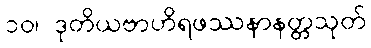
၁၀၊ ဒုတိယဗာဟိရဖဿနာနတ္တသုတ်